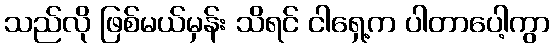
သည်လို ဖြစ်မယ်မှန်း သိရင် ငါရှေ့က ပါတာပေါ့ကွာ